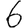
Digit: 6